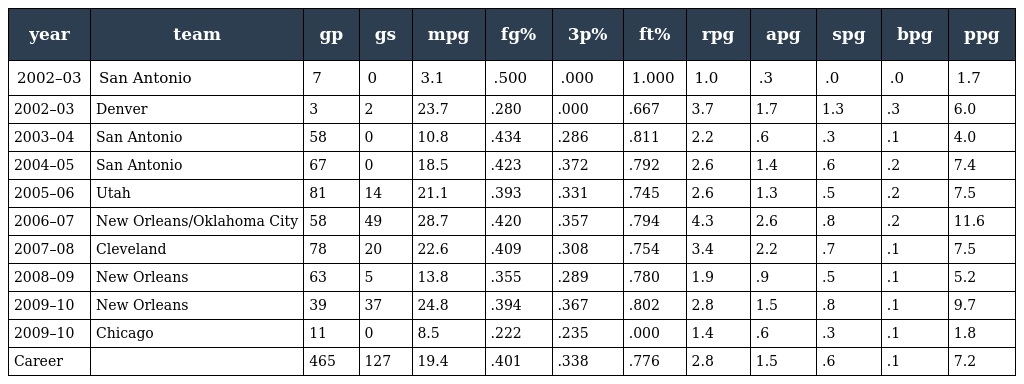
| year | team | gp | gs | mpg | fg% | 3p% | ft% | rpg | apg | spg | bpg | ppg |
 | --- | --- | --- | --- | --- | --- | --- | --- | --- | --- | --- | --- | --- |
 | 2002–03 | San Antonio | 7 | 0 | 3.1 | .500 | .000 | 1.000 | 1.0 | .3 | .0 | .0 | 1.7 |
 | 2002–03 | Denver | 3 | 2 | 23.7 | .280 | .000 | .667 | 3.7 | 1.7 | 1.3 | .3 | 6.0 |
 | 2003–04 | San Antonio | 58 | 0 | 10.8 | .434 | .286 | .811 | 2.2 | .6 | .3 | .1 | 4.0 |
 | 2004–05 | San Antonio | 67 | 0 | 18.5 | .423 | .372 | .792 | 2.6 | 1.4 | .6 | .2 | 7.4 |
 | 2005–06 | Utah | 81 | 14 | 21.1 | .393 | .331 | .745 | 2.6 | 1.3 | .5 | .2 | 7.5 |
 | 2006–07 | New Orleans/Oklahoma City | 58 | 49 | 28.7 | .420 | .357 | .794 | 4.3 | 2.6 | .8 | .2 | 11.6 |
 | 2007–08 | Cleveland | 78 | 20 | 22.6 | .409 | .308 | .754 | 3.4 | 2.2 | .7 | .1 | 7.5 |
 | 2008–09 | New Orleans | 63 | 5 | 13.8 | .355 | .289 | .780 | 1.9 | .9 | .5 | .1 | 5.2 |
 | 2009–10 | New Orleans | 39 | 37 | 24.8 | .394 | .367 | .802 | 2.8 | 1.5 | .8 | .1 | 9.7 |
 | 2009–10 | Chicago | 11 | 0 | 8.5 | .222 | .235 | .000 | 1.4 | .6 | .3 | .1 | 1.8 |
 | Career |  | 465 | 127 | 19.4 | .401 | .338 | .776 | 2.8 | 1.5 | .6 | .1 | 7.2 |